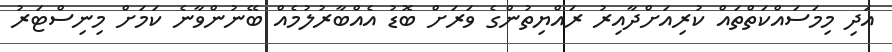
އަދި މިމަސައްކަތްތައް ކުރިއަށްދާއިރު ރައްޔިތުންގެ ވަރަށް ބޮޑު އެއްބާރުލުމެއް ބޭނުންވާނެ ކަމަށް މިނިސްޓަރު